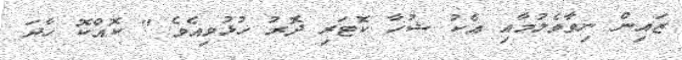
ޒައިން ނިވާވެލުމާއި އެކު ޝުހާ ކޮޓަރި ދޮރު ހުޅުވިއެވެ " ކޮއްކޮ ހާދަ